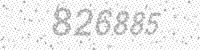
Solution: 826885